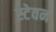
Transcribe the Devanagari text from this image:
स्टेवन